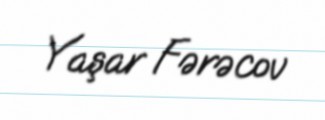
Yaşar Fərəcov